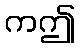
ကဤ